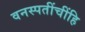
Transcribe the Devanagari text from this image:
वनस्पतींचींहि